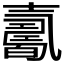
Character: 𡕋